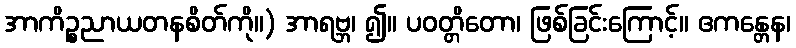
အာကိဉ္စညာယတနစိတ်ကို။) အာရဗ္ဘ၊ ၍။ ပဝတ္တိတော၊ ဖြစ်ခြင်းကြောင့်။ ဧကန္တေန၊